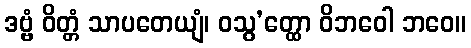
ဒဗ္ဗံ ဝိတ္တံ သာပတေယျံ၊ ဝသွ’တ္ထော ဝိဘဝေါ ဘဝေ။